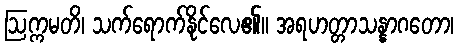
ဩက္ကမတိ၊ သက်ရောက်နိုင်လေ၏။ အရဟတ္တာသန္နာဂတော၊